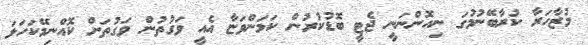
މުޒާހަރާ ކުރާބޭނުމުގަ ނިއޮންނަނީ ޖެޓީ ބޮޑުކުރުން ކަމަންވަޏާ އެއީ ވަގުތުން ވަގުތަށް ކޮއްނިމޭކަހަލަ